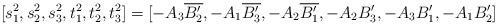
LaTeX: \begin{align*}[s_{1}^{2},s_{2}^{2},s_{3}^{2},t_{1}^{2},t_{2}^{2},t_{3}^{2}]=[-A_{3}\overline{B_{2}'},-A_{1}\overline{B_{3}'},-A_{2}\overline{B_{1}'},-A_{2}B_{3}',-A_{3}B_{1}',-A_{1}B_{2}']\end{align*}